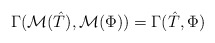
\begin{align*}\Gamma(\mathcal{M}(\hat{T}),\mathcal{M}(\Phi)) = \Gamma(\hat{T},\Phi) \end{align*}